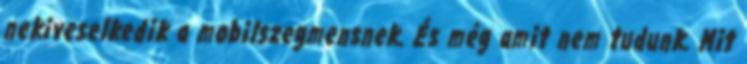
nekiveselkedik a mobilszegmensnek. És még amit nem tudunk. Mit